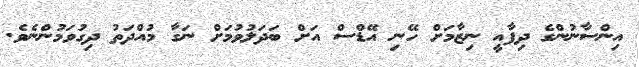
އިންސާނުންގެ ދިފާއީ ނިޒާމަށް ހޭނި އޭޑްސް އަށް ބަދަލުވުމަށް ނަގާ މުއްދަތު ދިގުވަމުންނެވެ.